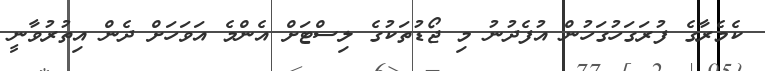
ކެމެރާގެ ފުރަގަހުގަހުން އުފެދުނު މި ޖޯޑުތަކުގެ ލިސްޓަށް އެންމެ އަަވަހަށް ދެން އިތުރުވާނީ